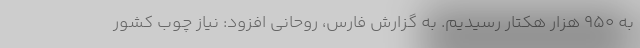
به ۹۵۰ هزار هکتار رسیدیم. به گزارش فارس، روحانی افزود: نیاز چوب کشور